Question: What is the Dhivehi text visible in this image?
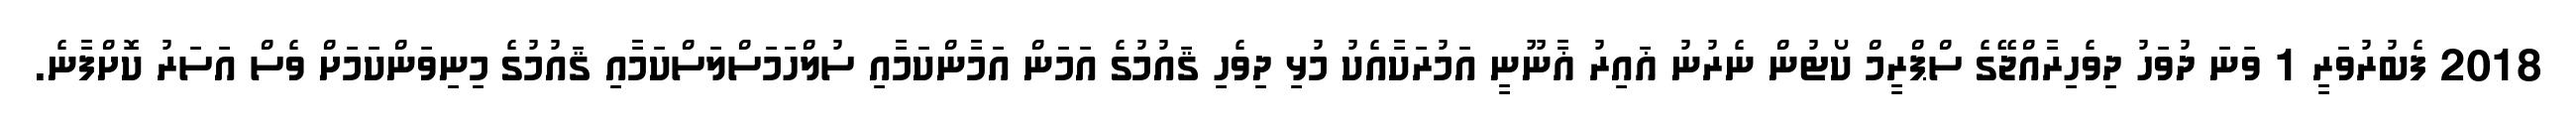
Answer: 2018 ފެބުރުވަރީ 1 ވަނަ ދުވަހު ދިވެހިރާއްޖޭގެ ސްޕްރީމް ކޯޓުން ނެރުނު ޣައިރު ޣާނޫނީ އަމުރަކާއެކު މުޅި ދިވެހި ޤައުމުގެ އަމަން އަމާންކަމާއި ސުލްހަމަސްލަސްކަމާއި ޤައުމުގެ މިނިވަންކަމަށް ވެސް އަސަރު ކޮށްފާނެ.